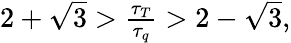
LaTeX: \begin{array}{r}{2+\sqrt{3}>\frac{\tau_{T}}{\tau_{q}}>2-\sqrt{3},}\end{array}